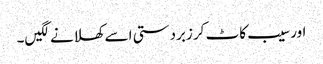
اور سیب کاٹ کر زبردستی اسے کھلانے لگیں۔